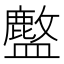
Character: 𬐽